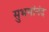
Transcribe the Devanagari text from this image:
सुभगांनंद